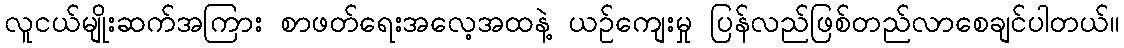
လူငယ်မျိုးဆက်အကြား စာဖတ်ရေးအလေ့အထနဲ့ ယဉ်ကျေးမှု ပြန်လည်ဖြစ်တည်လာစေချင်ပါတယ်။